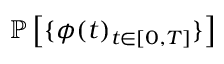
\mathbb { P } \left[ \{ \phi ( t ) _ { t \in [ 0 , T ] } \} \right]